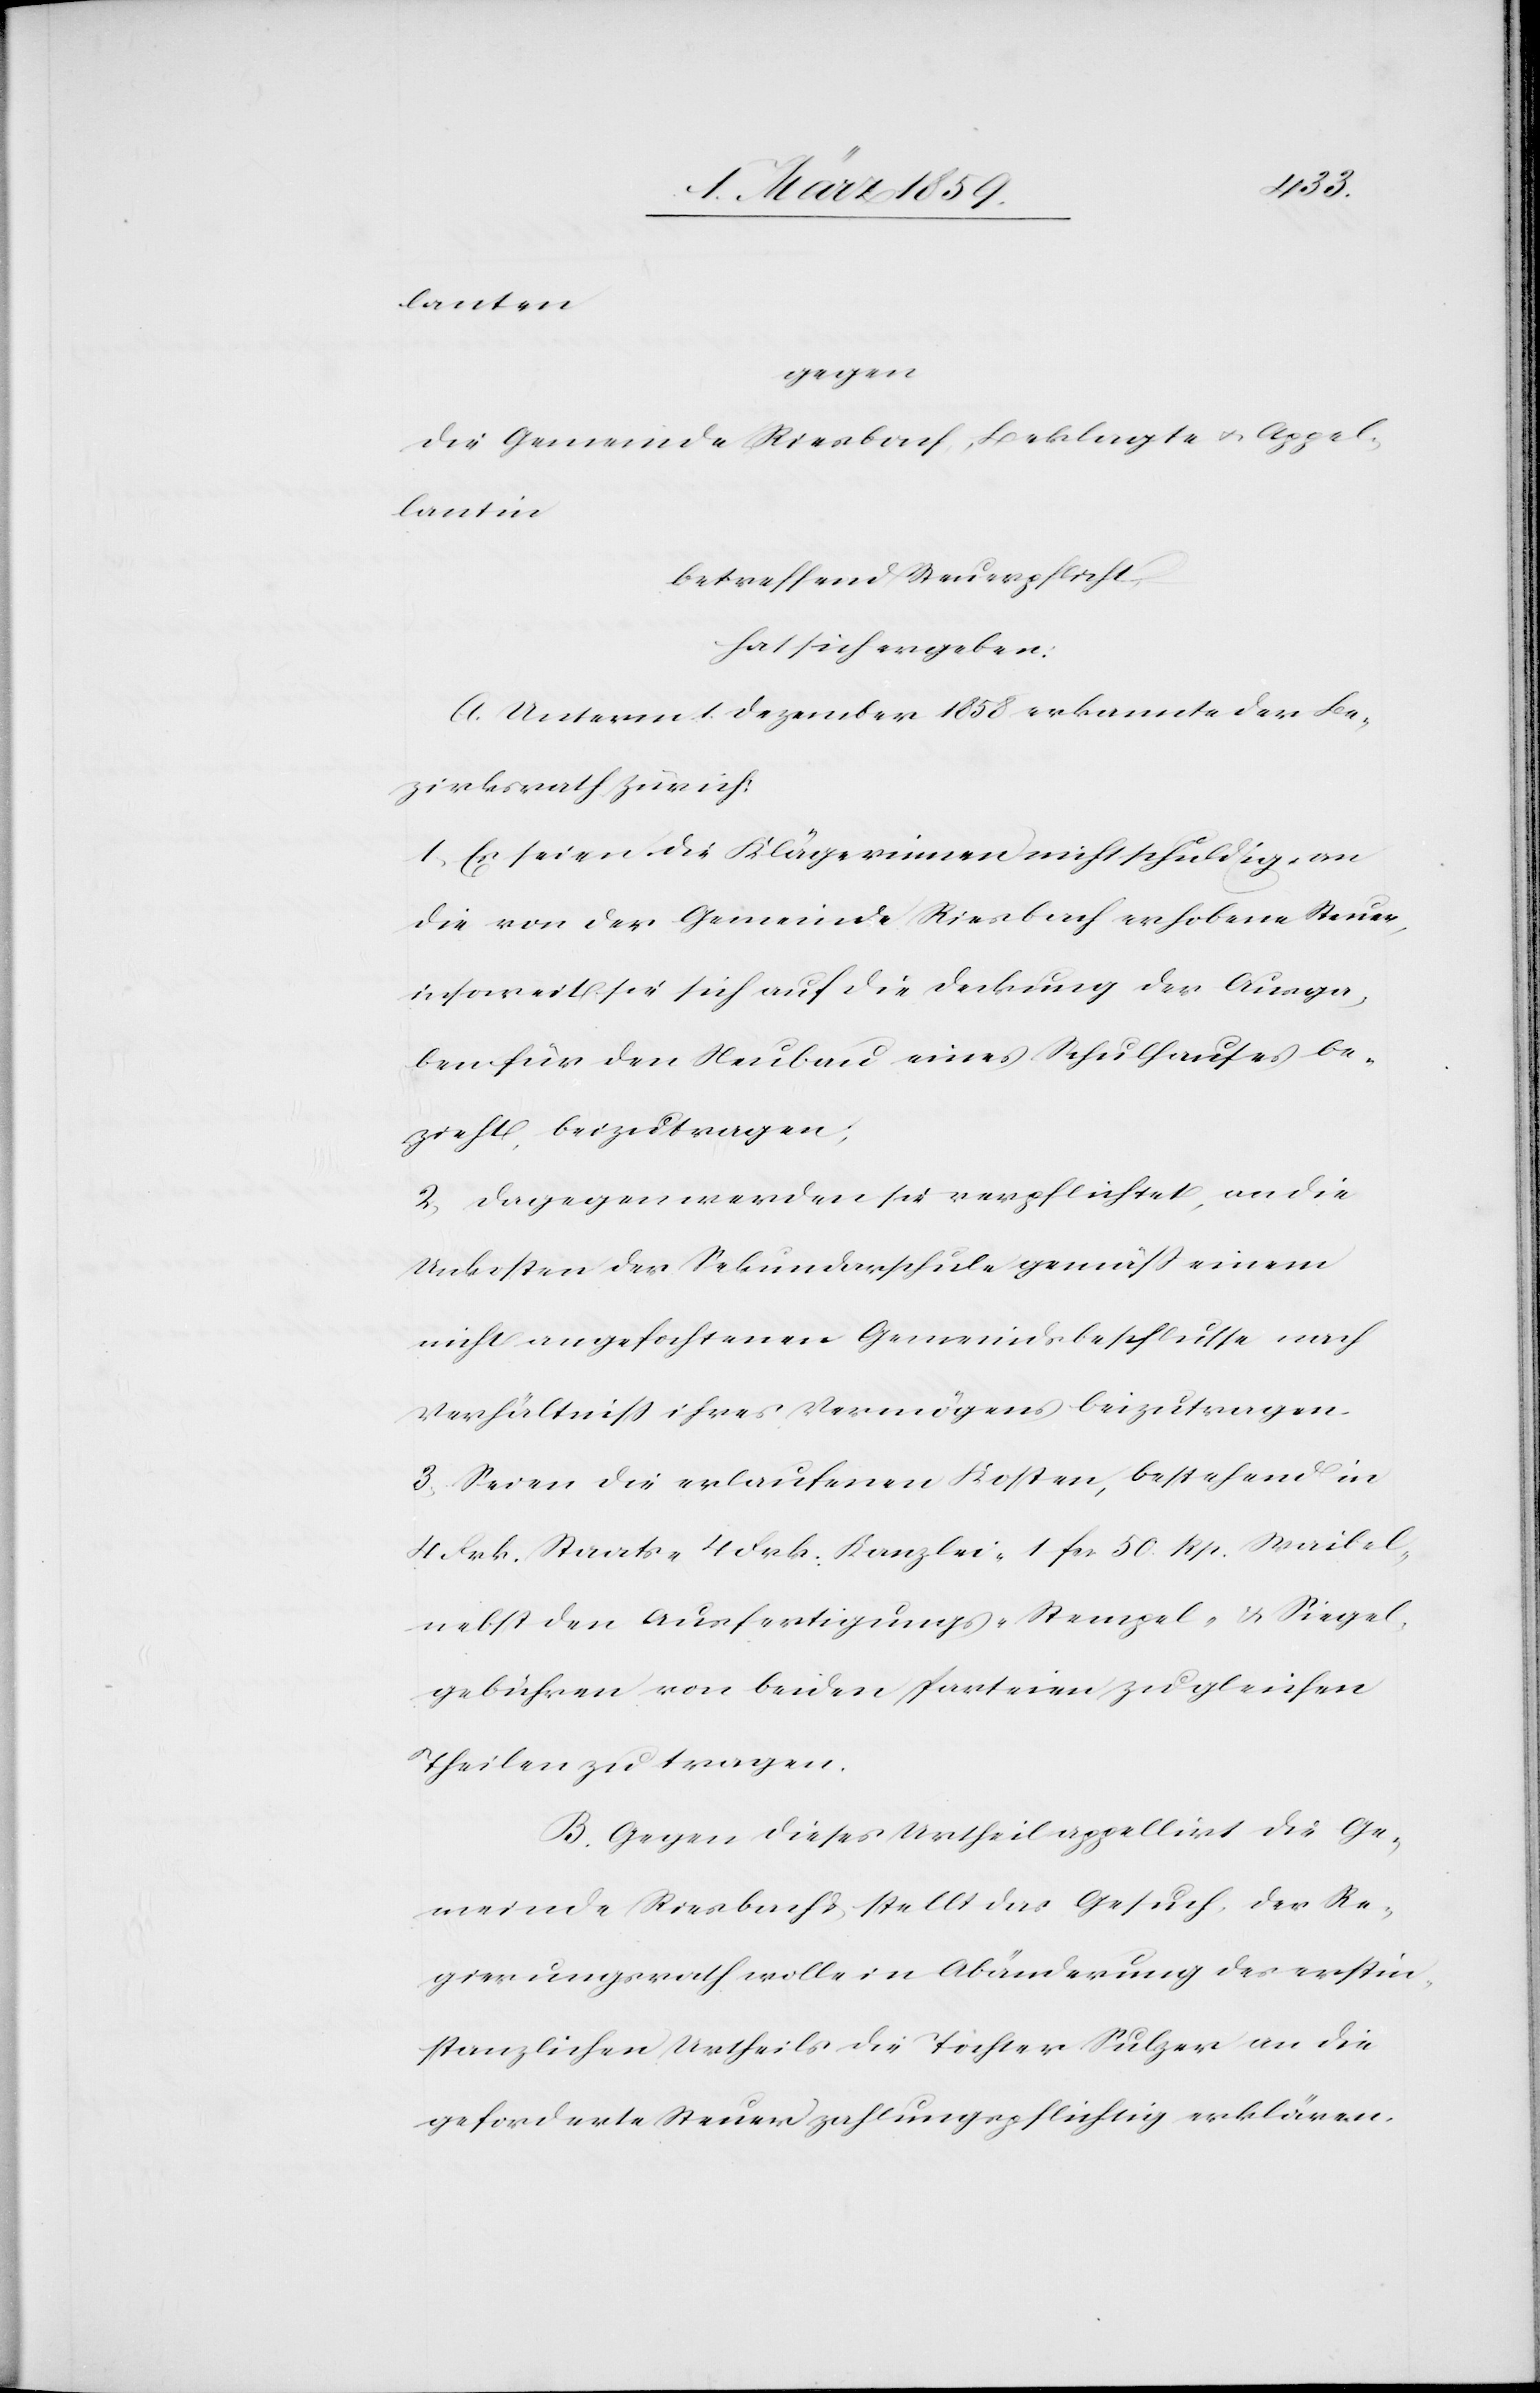
gegen
die Gemeinde Riesbach, Beklagte u. Appel¬
lantin
betreffend Steuerpflicht,
hat sich ergeben:
A. Unterm 1. Dezember 1858 erkannte der Be¬
zirksrath Zürich:
1) Es seien die Klägerinnen nicht schuldig, an
die von der Gemeinde Riesbach erhobene Steuer
insoweit sie sich auf die Deckung der Ausga¬
ben für den Neubau eines Schulhauses be¬
zieht, beizutragen;
2) Dagegen werden sie verpflichtet, an die
Unkosten der Sekundarschule gemäß einem
nicht angefochtenen Gemeindsbeschlusse nach
Verhältniß ihres Vermögens beizutragen.
3) Seien die erlaufenen Kosten, bestehend in
4 Frk. Staats-[,] 4 Frk. Kanzlei-[,] 1 fcs. 50. Rp. Waibel-[,]
nebst den Ausfertigungs-[,] Stempel- & Siegel¬
gebühren von beiden Parteien zu gleichen
Theilen zu tragen.
B. Gegen dieses Urtheil appellirt die Ge¬
meinde Riesbach & stellt das Gesuch, der Re¬
gierungsrath wolle in Abänderung des erstin¬
stanzlichen Urtheils die Töchter Sulzer an die
geforderte Steuer zahlungspflichtig erklären.